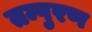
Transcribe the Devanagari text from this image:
तम्पुरण